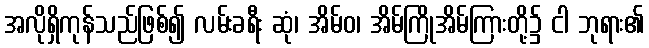
အလိုရှိကုန်သည်ဖြစ်၍ လမ်းခရီး ဆုံ၊ အိမ်ဝ၊ အိမ်ကြိုအိမ်ကြားတို့၌ ငါ ဘုရား၏